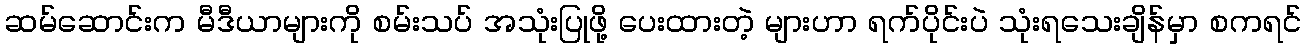
ဆမ်ဆောင်းက မီဒီယာများကို စမ်းသပ် အသုံးပြုဖို့ ပေးထားတဲ့ များဟာ ရက်ပိုင်းပဲ သုံးရသေးချိန်မှာ စကရင်